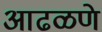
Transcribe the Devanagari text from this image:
आढळणे